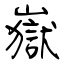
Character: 嶽